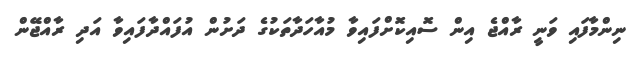
ނިންމާފައި ވަނީ ރާއްޖެ އިން ސޮއިކޮށްފައިވާ މުއާހަދާތަކުގެ ދަށުން އުފައްދާފައިވާ އަދި ރާއްޖޭން